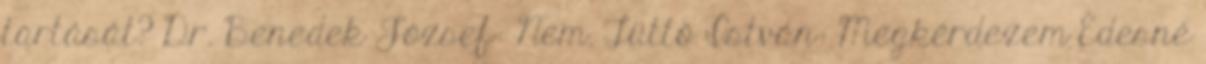
tartását? Dr. Benedek József: Nem. Tüttő István: Megkérdezem Édesné